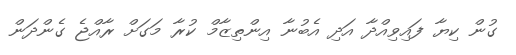
ގުން ކިޔާ ފައިވިއްދާ އަދި އެބުނާ އިންތިޒާމް ކުރާ މަގަށް ރާއްޖެ ގެންދަން